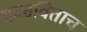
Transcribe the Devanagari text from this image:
कळविताच